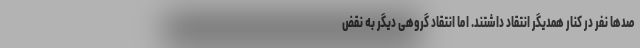
صدها نفر در کنار همدیگر انتقاد داشتند. اما انتقاد گروهی دیگر به نقض